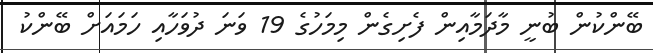
ބޭންކުން ބުނީ މާދަމާއިން ފެށިގެން މިމަހުގެ 19 ވަނަ ދުވަހާއި ހަމައަށް ބޭންކު